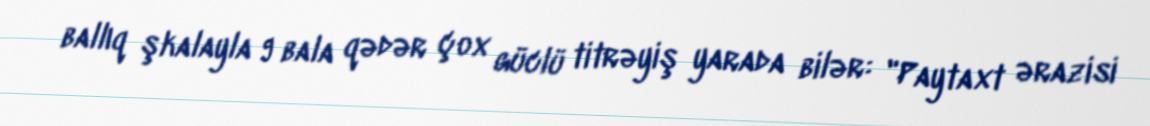
ballıq şkalayla 9 bala qədər çox güclü titrəyiş yarada bilər: "Paytaxt ərazisi